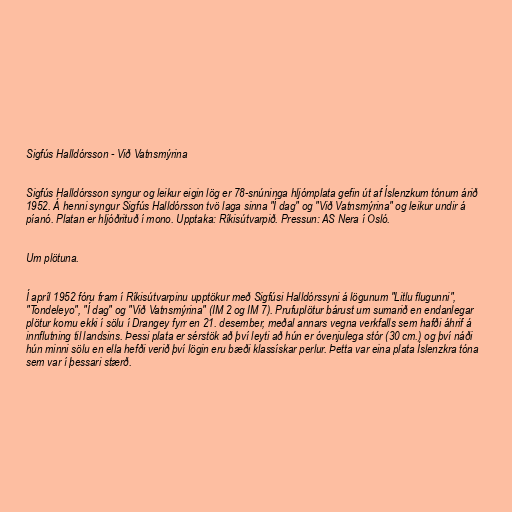
Sigfús Halldórsson - Við Vatnsmýrina

Sigfús Halldórsson syngur og leikur eigin lög er 78-snúninga hljómplata gefin út af Íslenzkum tónum árið
1952. Á henni syngur Sigfús Halldórsson tvö laga sinna "Í dag" og "Við Vatnsmýrina" og leikur undir á
píanó. Platan er hljóðrituð í mono. Upptaka: Ríkisútvarpið. Pressun: AS Nera í Osló.

Um plötuna.

Í apríl 1952 fóru fram í Ríkisútvarpinu upptökur með Sigfúsi Halldórssyni á lögunum "Litlu flugunni",
"Tondeleyo", "Í dag" og "Við Vatnsmýrina" (IM 2 og IM 7). Prufuplötur bárust um sumarið en endanlegar
plötur komu ekki í sölu í Drangey fyrr en 21. desember, meðal annars vegna verkfalls sem hafði áhrif á
innflutning til landsins. Þessi plata er sérstök að því leyti að hún er óvenjulega stór (30 cm.) og því náði
hún minni sölu en ella hefði verið því lögin eru bæði klassískar perlur. Þetta var eina plata Íslenzkra tóna
sem var í þessari stærð.